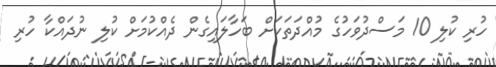
ހުރި ކުލި 10 މަސްދުވަހުގެ މުއްދަތަކަށް ބަހާލައިގެން ދެއްކުމަށް ކުލި ނުދައްކާ ހުރި